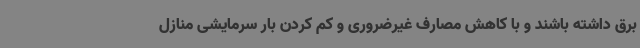
برق داشته باشند و با کاهش مصارف غیرضروری و کم کردن بار سرمایشی منازل